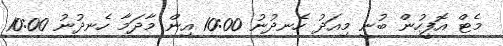
މެޓް އޮފީހުން ބުނީ މިއަދު ހެނދުނު 10:00 އިން މާދަމާ ހެނދުނު 10:00